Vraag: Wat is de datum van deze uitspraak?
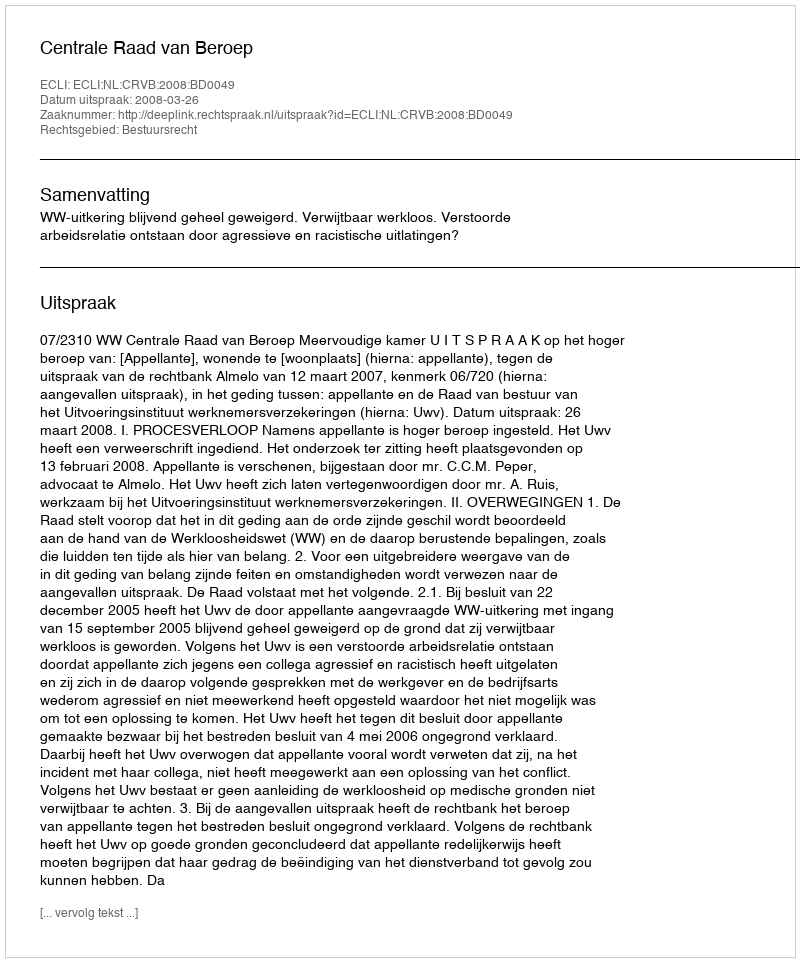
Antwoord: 2008-03-26